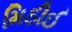
મિઠીઈ